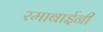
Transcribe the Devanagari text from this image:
रमाबाईनी